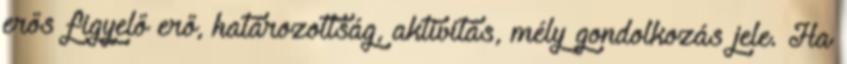
erős figyelő erő, határozottság, aktivitás, mély gondolkozás jele. Ha